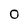
Character: 0